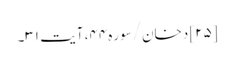
[۲۵] دخان/سوره۴۴، آیت ۳۱۔